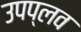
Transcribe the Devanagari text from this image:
उपप्लव